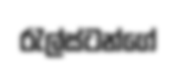
රැල්ස්ටන්ගේ